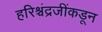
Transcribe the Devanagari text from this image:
हरिश्चंद्रजींकडून